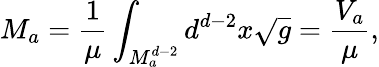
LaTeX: M_{a}=\frac{1}{\mu}\int_{M_{a}^{d-2}}d^{d-2}x\sqrt{g}=\frac{V_{a}}{\mu},